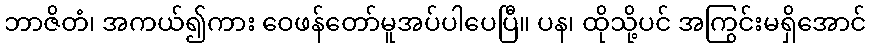
ဘာဇိတံ၊ အကယ်၍ကား ဝေဖန်တော်မူအပ်ပါပေပြီ။ ပန၊ ထိုသို့ပင် အကြွင်းမရှိအောင်